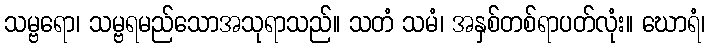
သမ္ဗရော၊ သမ္ဗရမည်သောအသုရာသည်။ သတံ သမံ၊ အနှစ်တစ်ရာပတ်လုံး။ ဃောရံ၊